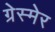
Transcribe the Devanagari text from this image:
ग्रेस्मेर